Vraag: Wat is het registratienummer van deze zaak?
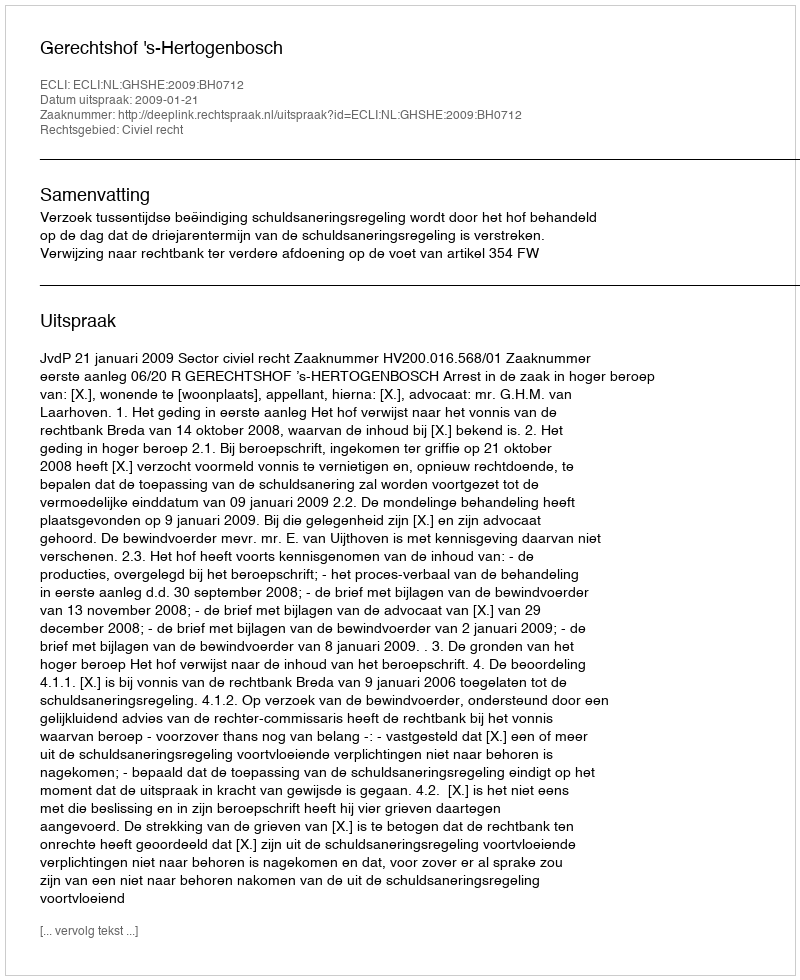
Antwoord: http://deeplink.rechtspraak.nl/uitspraak?id=ECLI:NL:GHSHE:2009:BH0712